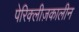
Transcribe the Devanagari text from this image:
पेरिक्लीज़कालीन